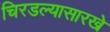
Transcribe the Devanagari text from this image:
चिरडल्यासारखे